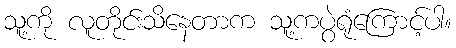
သူ့ကို လူတိုင်းသိနေတာက သူ့ကပွဲရုံကြောင့်ပါ။